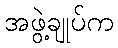
အဖွဲ့ချုပ်က